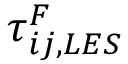
\tau _ { i j , L E S } ^ { F }